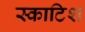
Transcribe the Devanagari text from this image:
स्‍काटिश